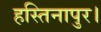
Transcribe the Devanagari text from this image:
हस्तिनापुर।